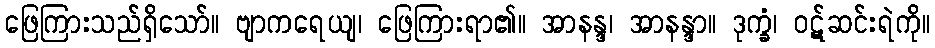
ဖြေကြားသည်ရှိသော်။ ဗျာကရေယျ၊ ဖြေကြားရာ၏။ အာနန္ဒ၊ အာနန္ဒာ။ ဒုက္ခံ၊ ဝဋ်ဆင်းရဲကို။